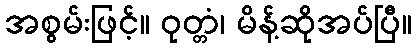
အစွမ်းဖြင့်။ ဝုတ္တံ၊ မိန့်ဆိုအပ်ပြီ။